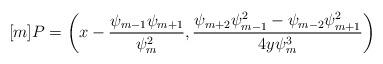
LaTeX: \begin{align*} [m]P = \bigg(x - \frac{\psi_{m-1} \psi_{m+1}}{\psi_m^2},\frac{\psi_{m+2} \psi_{m-1}^2 - \psi_{m-2} \psi_{m+1}^2}{4y\psi_m^3}\bigg)\end{align*}